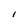
Character: i